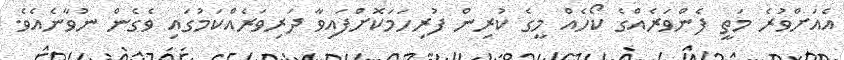
އެއަށްވުރެ މަތީ ފެންވަރެއްގެ ކޯހެއް މީގެ ކުރިން ފުރިހަމަކޮށްފައިވާ ދަރިވަރެއްކަމުގައި ވެގެން ނުވާނެއެވެ.